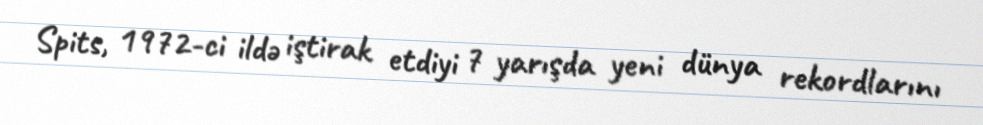
Spits, 1972-ci ildə iştirak etdiyi 7 yarışda yeni dünya rekordlarını